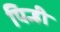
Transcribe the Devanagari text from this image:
पिन्ही